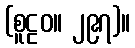
(စူဠဝ။ ၂၉၇)။